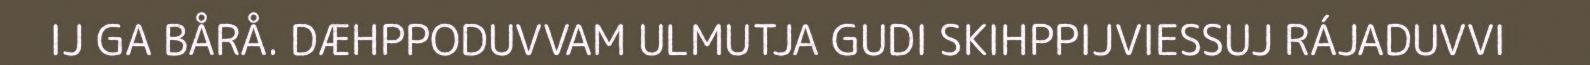
IJ GA BÅRÅ. DÆHPPODUVVAM ULMUTJA GUDI SKIHPPIJVIESSUJ RÁJADUVVI